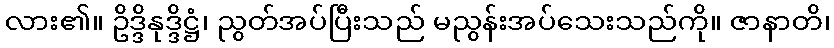
လား၏။ ဥိဒ္ဒိနုဒ္ဒိဋ္ဌံ၊ ညွတ်အပ်ပြီးသည် မညွန်းအပ်သေးသည်ကို။ ဇာနာတိ၊